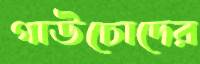
গাউচোদের